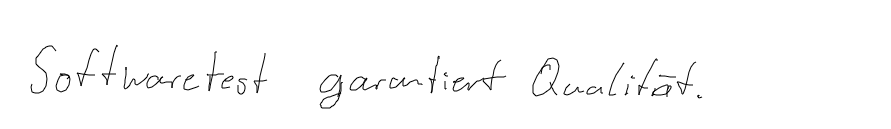
Softwaretest garantiert Qualität.